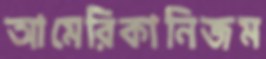
আমেরিকানিজম